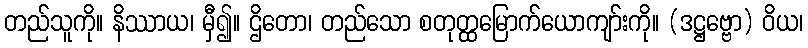
တည်သူကို။ နိဿာယ၊ မှီ၍။ ဌိတော၊ တည်သော စတုတ္ထမြောက်ယောကျာ်းကို။ (ဒဋ္ဌဗ္ဗော) ဝိယ၊